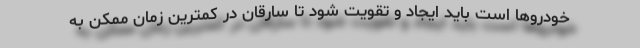
خودروها است باید ایجاد و تقویت شود تا سارقان در کمترین زمان ممکن به